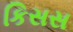
કિસસ